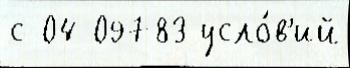
с 04 09783 усло́в'ий